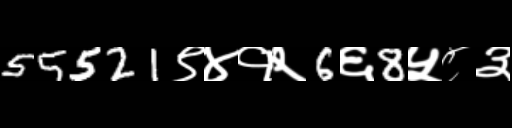
Text: 55521९४१२6६8५८३